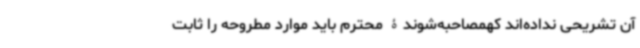
آن تشریحی نداده‌اند کهمصاحبه‌شوندۀ محترم باید موارد مطروحه را ثابت